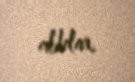
alıblar.